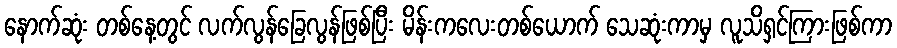
နောက်ဆုံး တစ်နေ့တွင် လက်လွန်ခြေလွန်ဖြစ်ပြီး မိန်းကလေးတစ်ယောက် သေဆုံးကာမှ လူသိရှင်ကြားဖြစ်ကာ